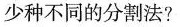
少种不同的分割法？